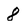
Character: 8